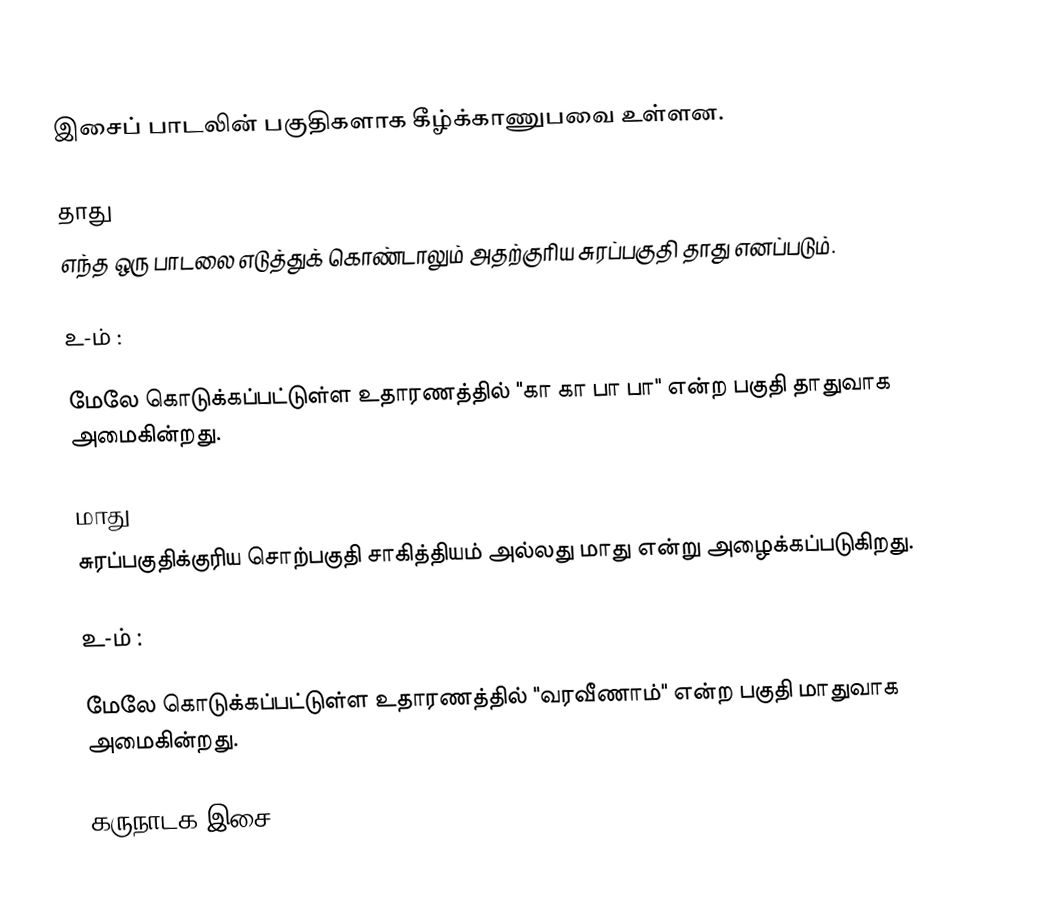
இசைப் பாடலின் பகுதிகளாக கீழ்க்காணுபவை உள்ளன.

தாது
எந்த ஒரு பாடலை எடுத்துக் கொண்டாலும் அதற்குரிய சுரப்பகுதி தாது எனப்படும்.

உ-ம் :

மேலே கொடுக்கப்பட்டுள்ள உதாரணத்தில் "கா கா பா பா" என்ற பகுதி தாதுவாக அமைகின்றது.

மாது
சுரப்பகுதிக்குரிய சொற்பகுதி சாகித்தியம் அல்லது மாது என்று அழைக்கப்படுகிறது.

உ-ம் :

மேலே கொடுக்கப்பட்டுள்ள உதாரணத்தில் "வரவீணாம்" என்ற பகுதி மாதுவாக அமைகின்றது.

கருநாடக இசை